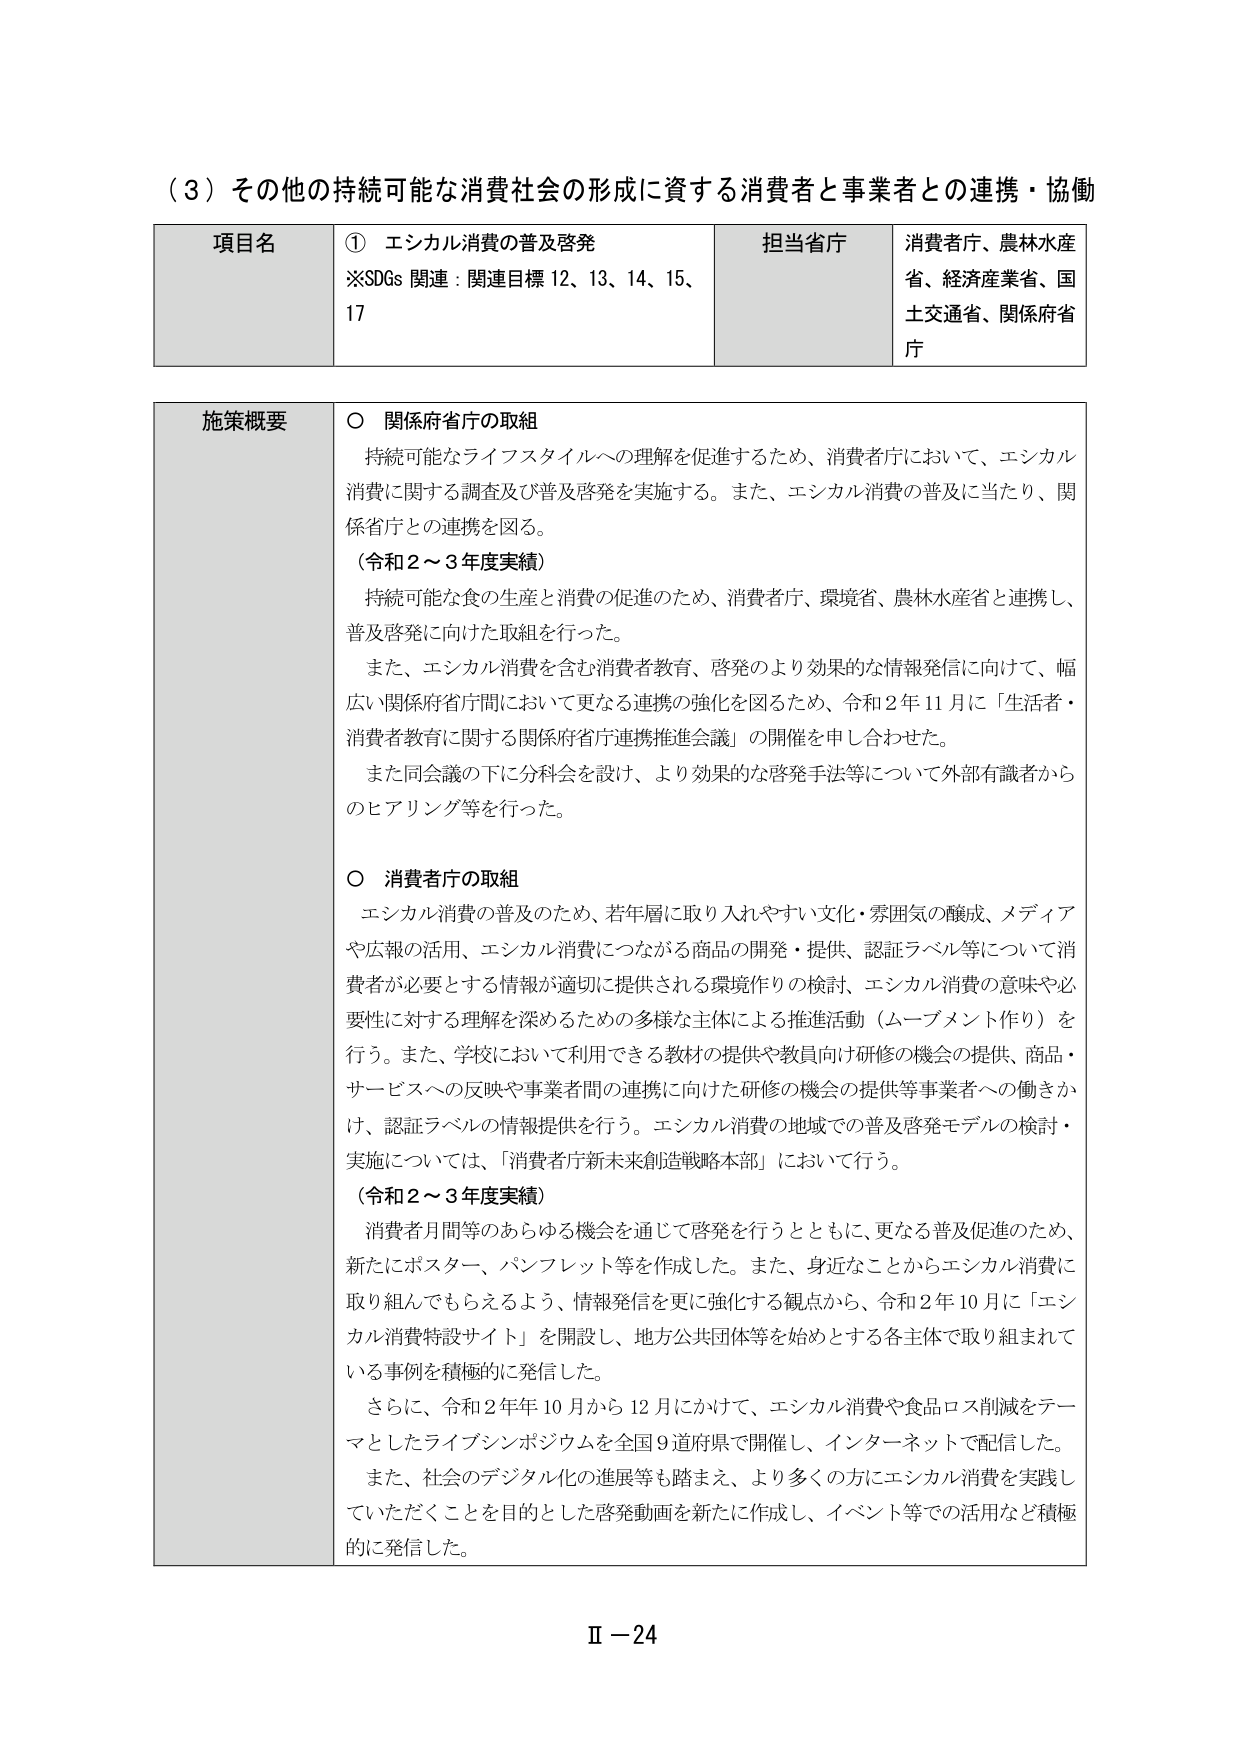
（３）その他の持続可能な消費社会の形成に資する消費者と事業者との連携・協働

項目名 ① エシカル消費の普及啓発
※SDGs 関連：関連目標 12、13、14、15、17

担当省庁 消費者庁、農林水産省、経済産業省、国土交通省、関係府省庁

施策概要 ○ 関係府省庁の取組
持続可能なライフスタイルへの理解を促進するため、消費者庁において、エシカル消費に関する調査及び普及啓発を実施する。また、エシカル消費の普及に当たり、関係省庁との連携を図る。
（令和２～３年度実績）
持続可能な食の生産と消費の促進のため、消費者庁、環境省、農林水産省と連携し、普及啓発に向けた取組を行った。
また、エシカル消費を含む消費者教育、啓発のより効果的な情報発信に向けて、幅広い関係府省庁間において更なる連携の強化を図るため、令和２年11月に「生活者・消費者教育に関する関係府省庁連携推進会議」の開催を申し合わせた。
また同会議の下に分科会を設け、より効果的な啓発手法等について外部有識者からのヒアリング等を行った。

○ 消費者庁の取組
エシカル消費の普及のため、若年層に取り入れやすい文化・雰囲気の醸成、メディアや広報の活用、エシカル消費につながる商品の開発・提供、認証ラベル等について消費者が必要とする情報が適切に提供される環境作りの検討、エシカル消費の意味や必要性に対する理解を深めるための多様な主体による推進活動（ムーブメント作り）を行う。また、学校において利用できる教材の提供や教員向け研修の機会の提供、商品・サービスへの反映や事業者間の連携に向けた研修の機会の提供等事業者への働きかけ、認証ラベルの情報提供を行う。エシカル消費の地域での普及啓発モデルの検討・実施については、「消費者庁新未来創造戦略本部」において行う。
（令和２～３年度実績）
消費者月間等のあらゆる機会を通じて啓発を行うとともに、更なる普及促進のため、新たにポスター、パンフレット等を作成した。また、身近なことからエシカル消費に取り組んでもらえるよう、情報発信を更に強化する観点から、令和２年10月に「エシカル消費特設サイト」を開設し、地方公共団体等を始めとする各主体で取り組まれている事例を積極的に発信した。
さらに、令和２年年10月から12月にかけて、エシカル消費や食品ロス削減をテーマとしたライブシンポジウムを全国9道府県で開催し、インターネットで配信した。
また、社会のデジタル化の進展等も踏まえ、より多くの方にエシカル消費を実践していただくことを目的とした啓発動画を新たに作成し、イベント等での活用など積極的に発信した。

Ⅱ－24